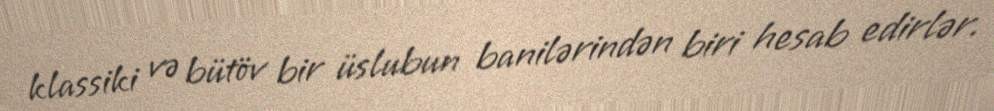
klassiki və bütöv bir üslubun banilərindən biri hesab edirlər.